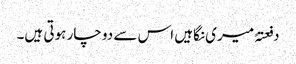
دفعتہً میری نگاہیں اس سے دو چار ہوتی ہیں۔